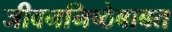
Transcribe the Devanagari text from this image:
जीवननिष्ठेबाबत